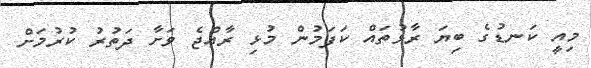
މިއީ ކަނޑުގެ ބިޔަ ރާޅުތައް ކަފަމުން މުޅި ރާއްޖެ ވަށާ ދަތުރު ކުރުމަށް